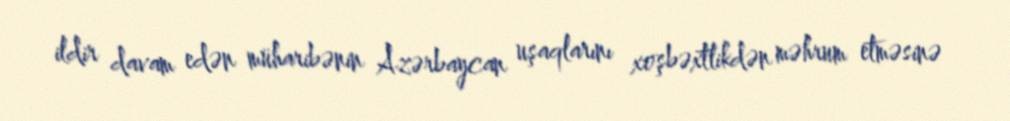
ildir davam edən müharibənin Azərbaycan uşaqlarını xoşbəxtlikdən məhrum etməsinə